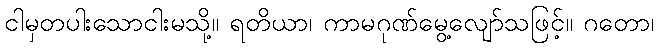
ငါမှတပါးသောငါးမသို့။ ရတိယာ၊ ကာမဂုဏ်မွေ့လျော်သဖြင့်။ ဂတော၊